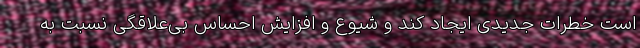
است خطرات جدیدی ایجاد ‌کند و شیوع و افزایش احساس بی‌علاقگی نسبت به